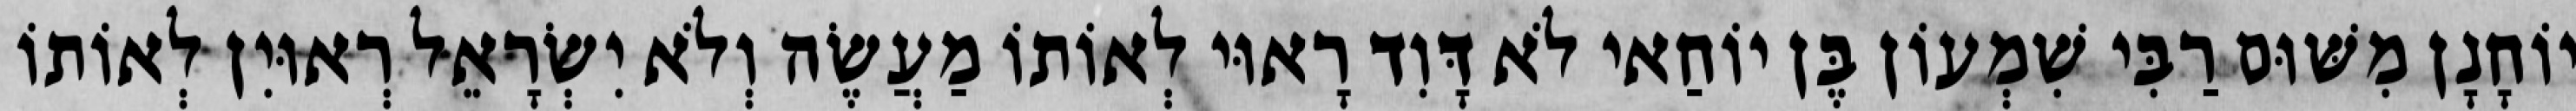
יוֹחָנָן מִשּׁוּם רַבִּי שִׁמְעוֹן בֶּן יוֹחַאי לֹא דָּוִד רָאוּי לְאוֹתוֹ מַעֲשֶׂה וְלֹא יִשְׂרָאֵל רְאוּיִן לְאוֹתוֹ